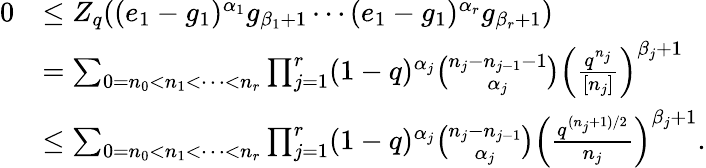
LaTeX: \begin{array}{rl}{0}&{\le Z_{q}((e_{1}-g_{1})^{\alpha_{1}}g_{\beta_{1}+1}\cdots(e_{1}-g_{1})^{\alpha_{r}}g_{\beta_{r}+1})}\\ &{=\sum_{0=n_{0}<n_{1}<\cdots<n_{r}}\prod_{j=1}^{r}(1-q)^{\alpha_{j}}\binom{n_{j}-n_{j-1}-1}{\alpha_{j}}\left(\frac{q^{n_{j}}}{[n_{j}]}\right)^{\beta_{j}+1}}\\ &{\le\sum_{0=n_{0}<n_{1}<\cdots<n_{r}}\prod_{j=1}^{r}(1-q)^{\alpha_{j}}\binom{n_{j}-n_{j-1}}{\alpha_{j}}\left(\frac{q^{(n_{j}+1)/2}}{n_{j}}\right)^{\beta_{j}+1}.}\end{array}